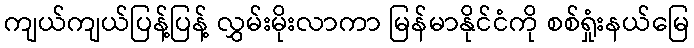
ကျယ်ကျယ်ပြန့်ပြန့် လွှမ်းမိုးလာကာ မြန်မာနိုင်ငံကို စစ်ရှုံးနယ်မြေ